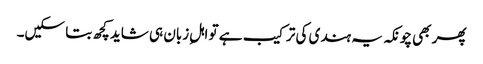
پھر بھی چونکہ یہ ہندی کی ترکیب ہے تو اہلِ زبان ہی شاید کچھ بتا سکیں۔